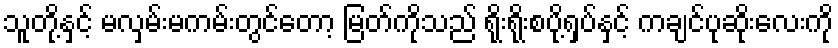
သူတို့နှင့် မလှမ်းမကမ်းတွင်တော့ မြတ်ကိုသည် ရိုးရိုးစပို့ရှပ်နှင့် ကချင်ပုဆိုးလေးကို